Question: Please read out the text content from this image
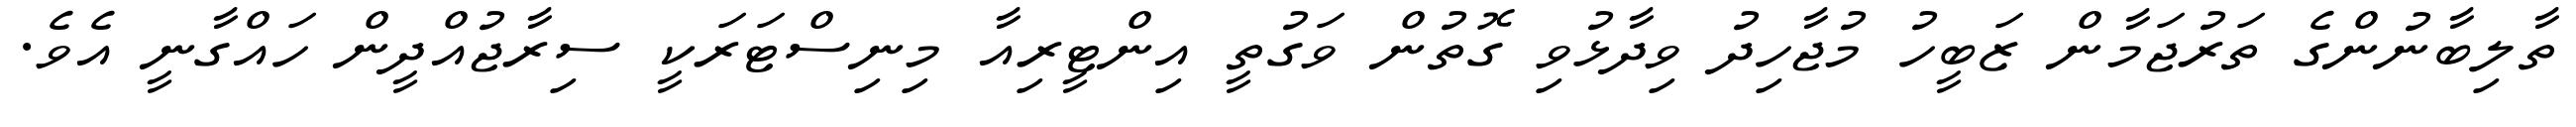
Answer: ތާލިބާނުންގެ ތަރުޖަމާން ޒަބީހު މުޖާހިދު ވިދާޅުވި ގޮތުން ވަގުތީ އިންޓީރިއާ މިނިސްޓަރަކީ ސިރާޖުއްދީން ހައްގާނީ އެވެ.